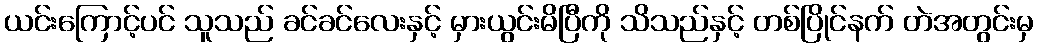
ယင်းကြောင့်ပင် သူသည် ခင်ခင်လေးနှင့် မှားယွင်းမိပြီကို သိသည်နှင့် တစ်ပြိုင်နက် တဲအတွင်းမှ